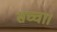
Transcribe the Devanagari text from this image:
सच्चा।